Indian journal of veterinary science and animal husbandry - Volumes 28-29, 1958-1959
Year: 1958
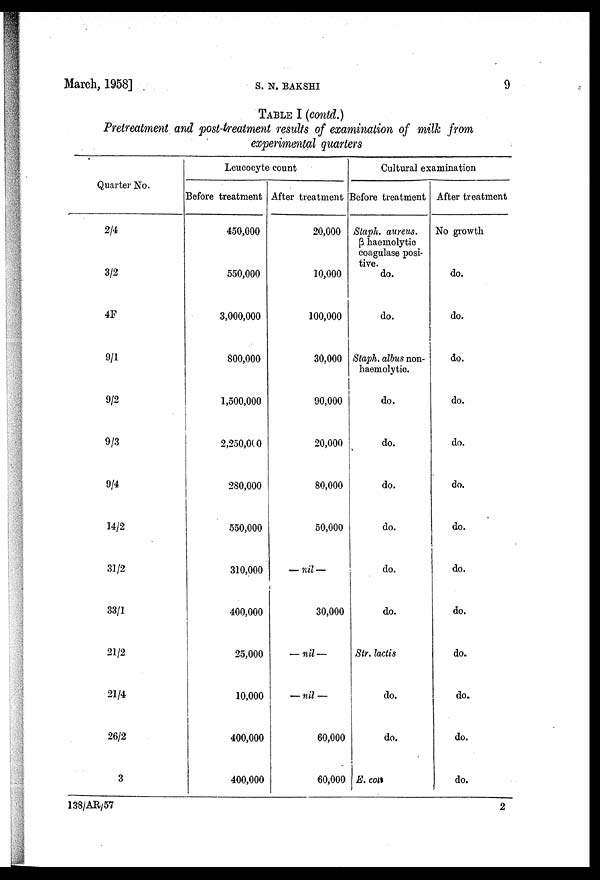
March, 1958]
S.
S.
BAKSHI
9
TABLE I (contd.)
Pretreatment and post-treatment results of examination of milk from
experimental quarters
Quarter No.
2/4
3/2
4F
9/1
9/2
9/3
9/4
14/2
31/2
33/1
21/2
21/4
26/2
3
Leucocyte count
Before treatment
450,000
550,000
3,000,000
800,000
1,500,000
2,250,000
280,000
550,000
310,000
400,000
25,000
10,000
400,000
400,000
After treatment
20,000
10,000
100,000
30,000
90,000
20,000
80,000
50,000
— nil —
30,000
— nil —
— nil —
60,000
60,000
Cultural examination
Before treatment
Staph. aureus.
β haemolytic
coagulase posi
tive. do.
do.
Staph. albus non¬
haemolytic.
do.
do.
do.
do.
do.
do.
Str. lactis
do.
do.
E. cots
After treatment
No growth
do.
do.
do.
do.
do.
do.
do.
do.
do.
do.
do.
do.
do.
138/AR/57
2